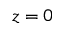
z = 0